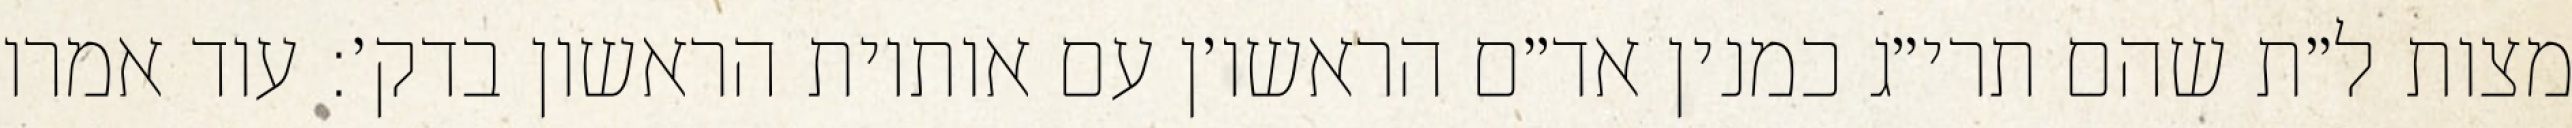
מצות ל״ת שהם תרי״ג כמנין אד״ם הראשו׳ן עם אותיות הראשון בדק׳: עוד אמרו